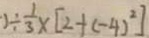
) \div \frac { 1 } { 3 } \times [ 2 + ( - 4 ) ^ { 2 } ]